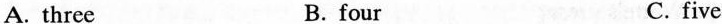
A. three B. four C. five